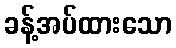
ခန့်အပ်ထားသော